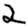
Digit: 2